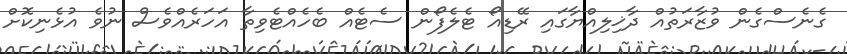
ގެނެސްގެން ވުޒާރަތުއް ދާޚިލިއްޔާގައި ރޭޑިއޯ ޓެލެފޯން ސެޓެއް ބެހެއްޓެވިތާ އަހަރެއްވެސް ނުވެ އުޅެނިކޮށް